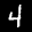
Label: 4